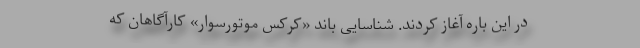
در این باره آغاز کردند. شناسایی باند «کرکس موتورسوار» کارآگاهان که